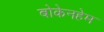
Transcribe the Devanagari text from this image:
बोकेनहेम